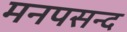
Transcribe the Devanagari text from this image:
मनपसन्द